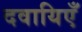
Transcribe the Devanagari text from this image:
दवायिएँ